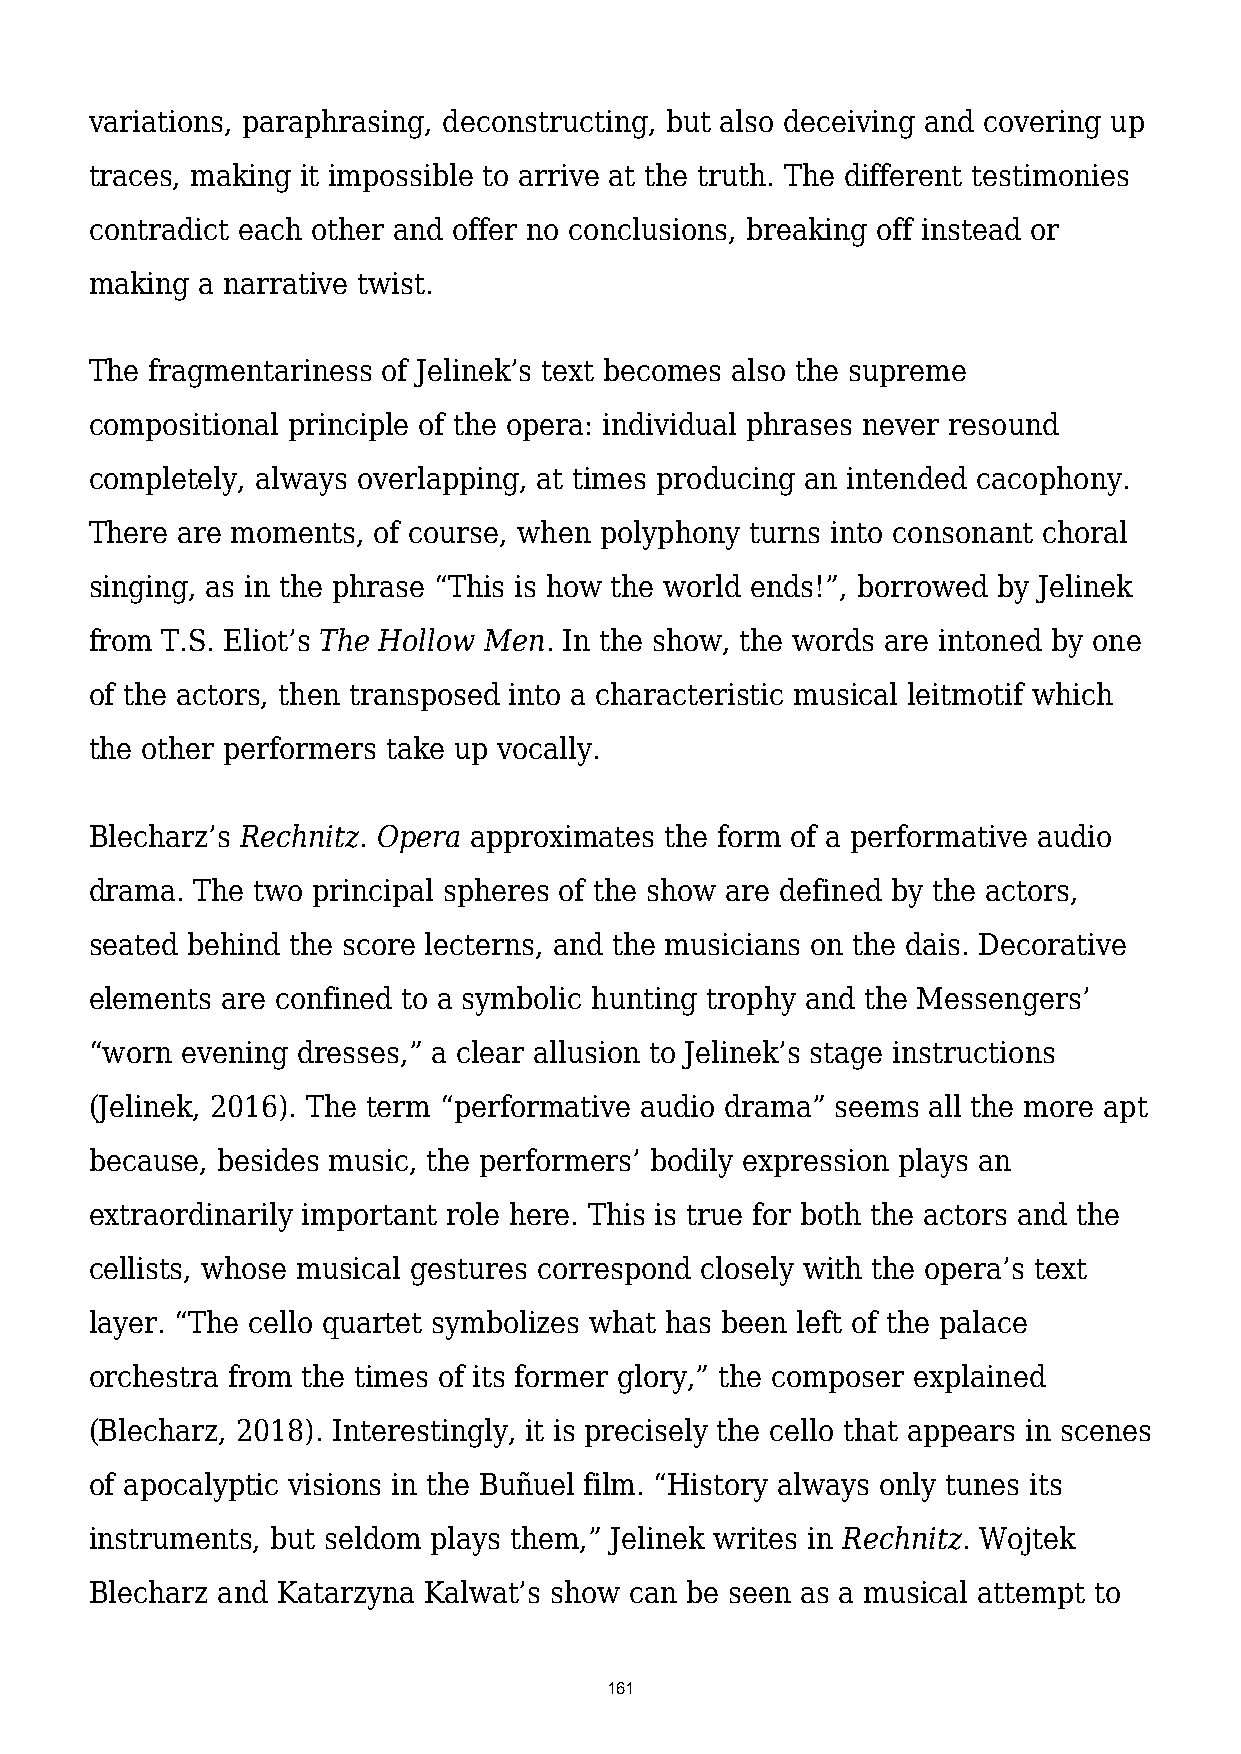
variations, paraphrasing, deconstructing, but also deceiving and covering up
 traces, making it impossible to arrive at the truth. The different testimonies
 contradict each other and offer no conclusions, breaking off instead or
 making a narrative twist.
 The fragmentariness of Jelinek’s text becomes also the supreme
 compositional principle of the opera: individual phrases never resound
 completely, always overlapping, at times producing an intended cacophony.
 There are moments, of course, when polyphony turns into consonant choral
 singing, as in the phrase “This is how the world ends!”, borrowed by Jelinek
 from T.S. Eliot’s The Hollow Men. In the show, the words are intoned by one
 of the actors, then transposed into a characteristic musical leitmotif which
 the other performers take up vocally.
 Blecharz’s Rechnitz. Opera approximates the form of a performative audio
 drama. The two principal spheres of the show are defined by the actors,
 seated behind the score lecterns, and the musicians on the dais. Decorative
 elements are confined to a symbolic hunting trophy and the Messengers’
 “worn evening dresses,” a clear allusion to Jelinek’s stage instructions
 (Jelinek, 2016). The term “performative audio drama” seems all the more apt
 because, besides music, the performers’ bodily expression plays an
 extraordinarily important role here. This is true for both the actors and the
 cellists, whose musical gestures correspond closely with the opera’s text
 layer. “The cello quartet symbolizes what has been left of the palace
 orchestra from the times of its former glory,” the composer explained
 (Blecharz, 2018). Interestingly, it is precisely the cello that appears in scenes
 of apocalyptic visions in the Buñuel film. “History always only tunes its
 instruments, but seldom plays them,” Jelinek writes in Rechnitz. Wojtek
 Blecharz and Katarzyna Kalwat’s show can be seen as a musical attempt to
 161